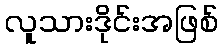
လူသားဒိုင်းအဖြစ်